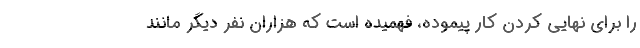
را برای نهایی کردن کار پیموده، فهمیده است که هزاران نفر دیگر مانند